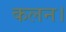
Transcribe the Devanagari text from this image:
कलन।